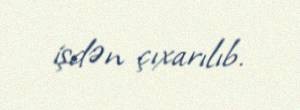
işdən çıxarılıb.